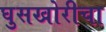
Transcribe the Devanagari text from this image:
घुसखोरीचा